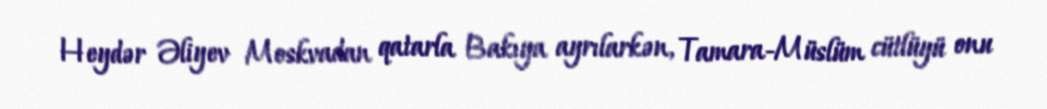
Heydər Əliyev Moskvadan qatarla Bakıya ayrılarkən, Tamara-Müslüm cütlüyü onu